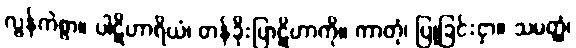
လွန်ကဲစွာ။ ပါဋိဟာရိယံ၊ တန်ခိုးပြာဋိဟာကို။ ကာတုံ၊ ပြုခြင်းငှာ။ သမတ္ထံ၊